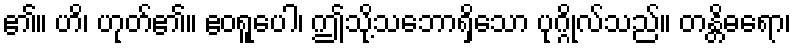
၏။ ဟိ၊ ဟုတ်၏။ ဧဝရူပေါ၊ ဤသို့သဘောရှိသော ပုဂ္ဂိုလ်သည်။ တန္တိဓရော၊